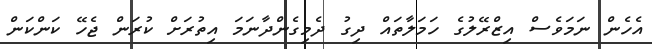
އެހެން ނަމަވެސް އިޒްރޭލުގެ ހަމަލާތައް ދިގު ދެމިގެންދާނަމަ އިތުރަށް ކުރަން ޖެހޭ ކަންކަން